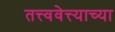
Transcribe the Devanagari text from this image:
तत्त्ववेत्त्याच्या